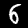
Digit: 6